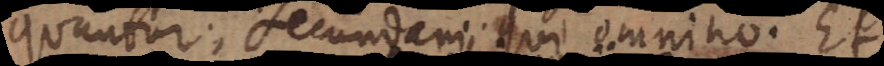
quuntur; secundarii qui omnino. Et